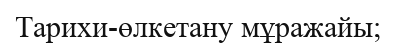
Тарихи-өлкетану мұражайы;